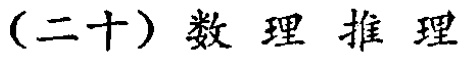
（二十）数理推理